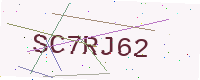
Text: SC7RJ62